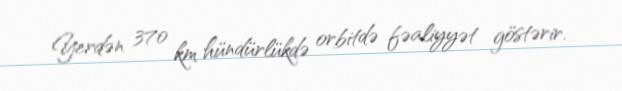
Yerdən 370 km hündürlükdə orbitdə fəaliyyət göstərir.